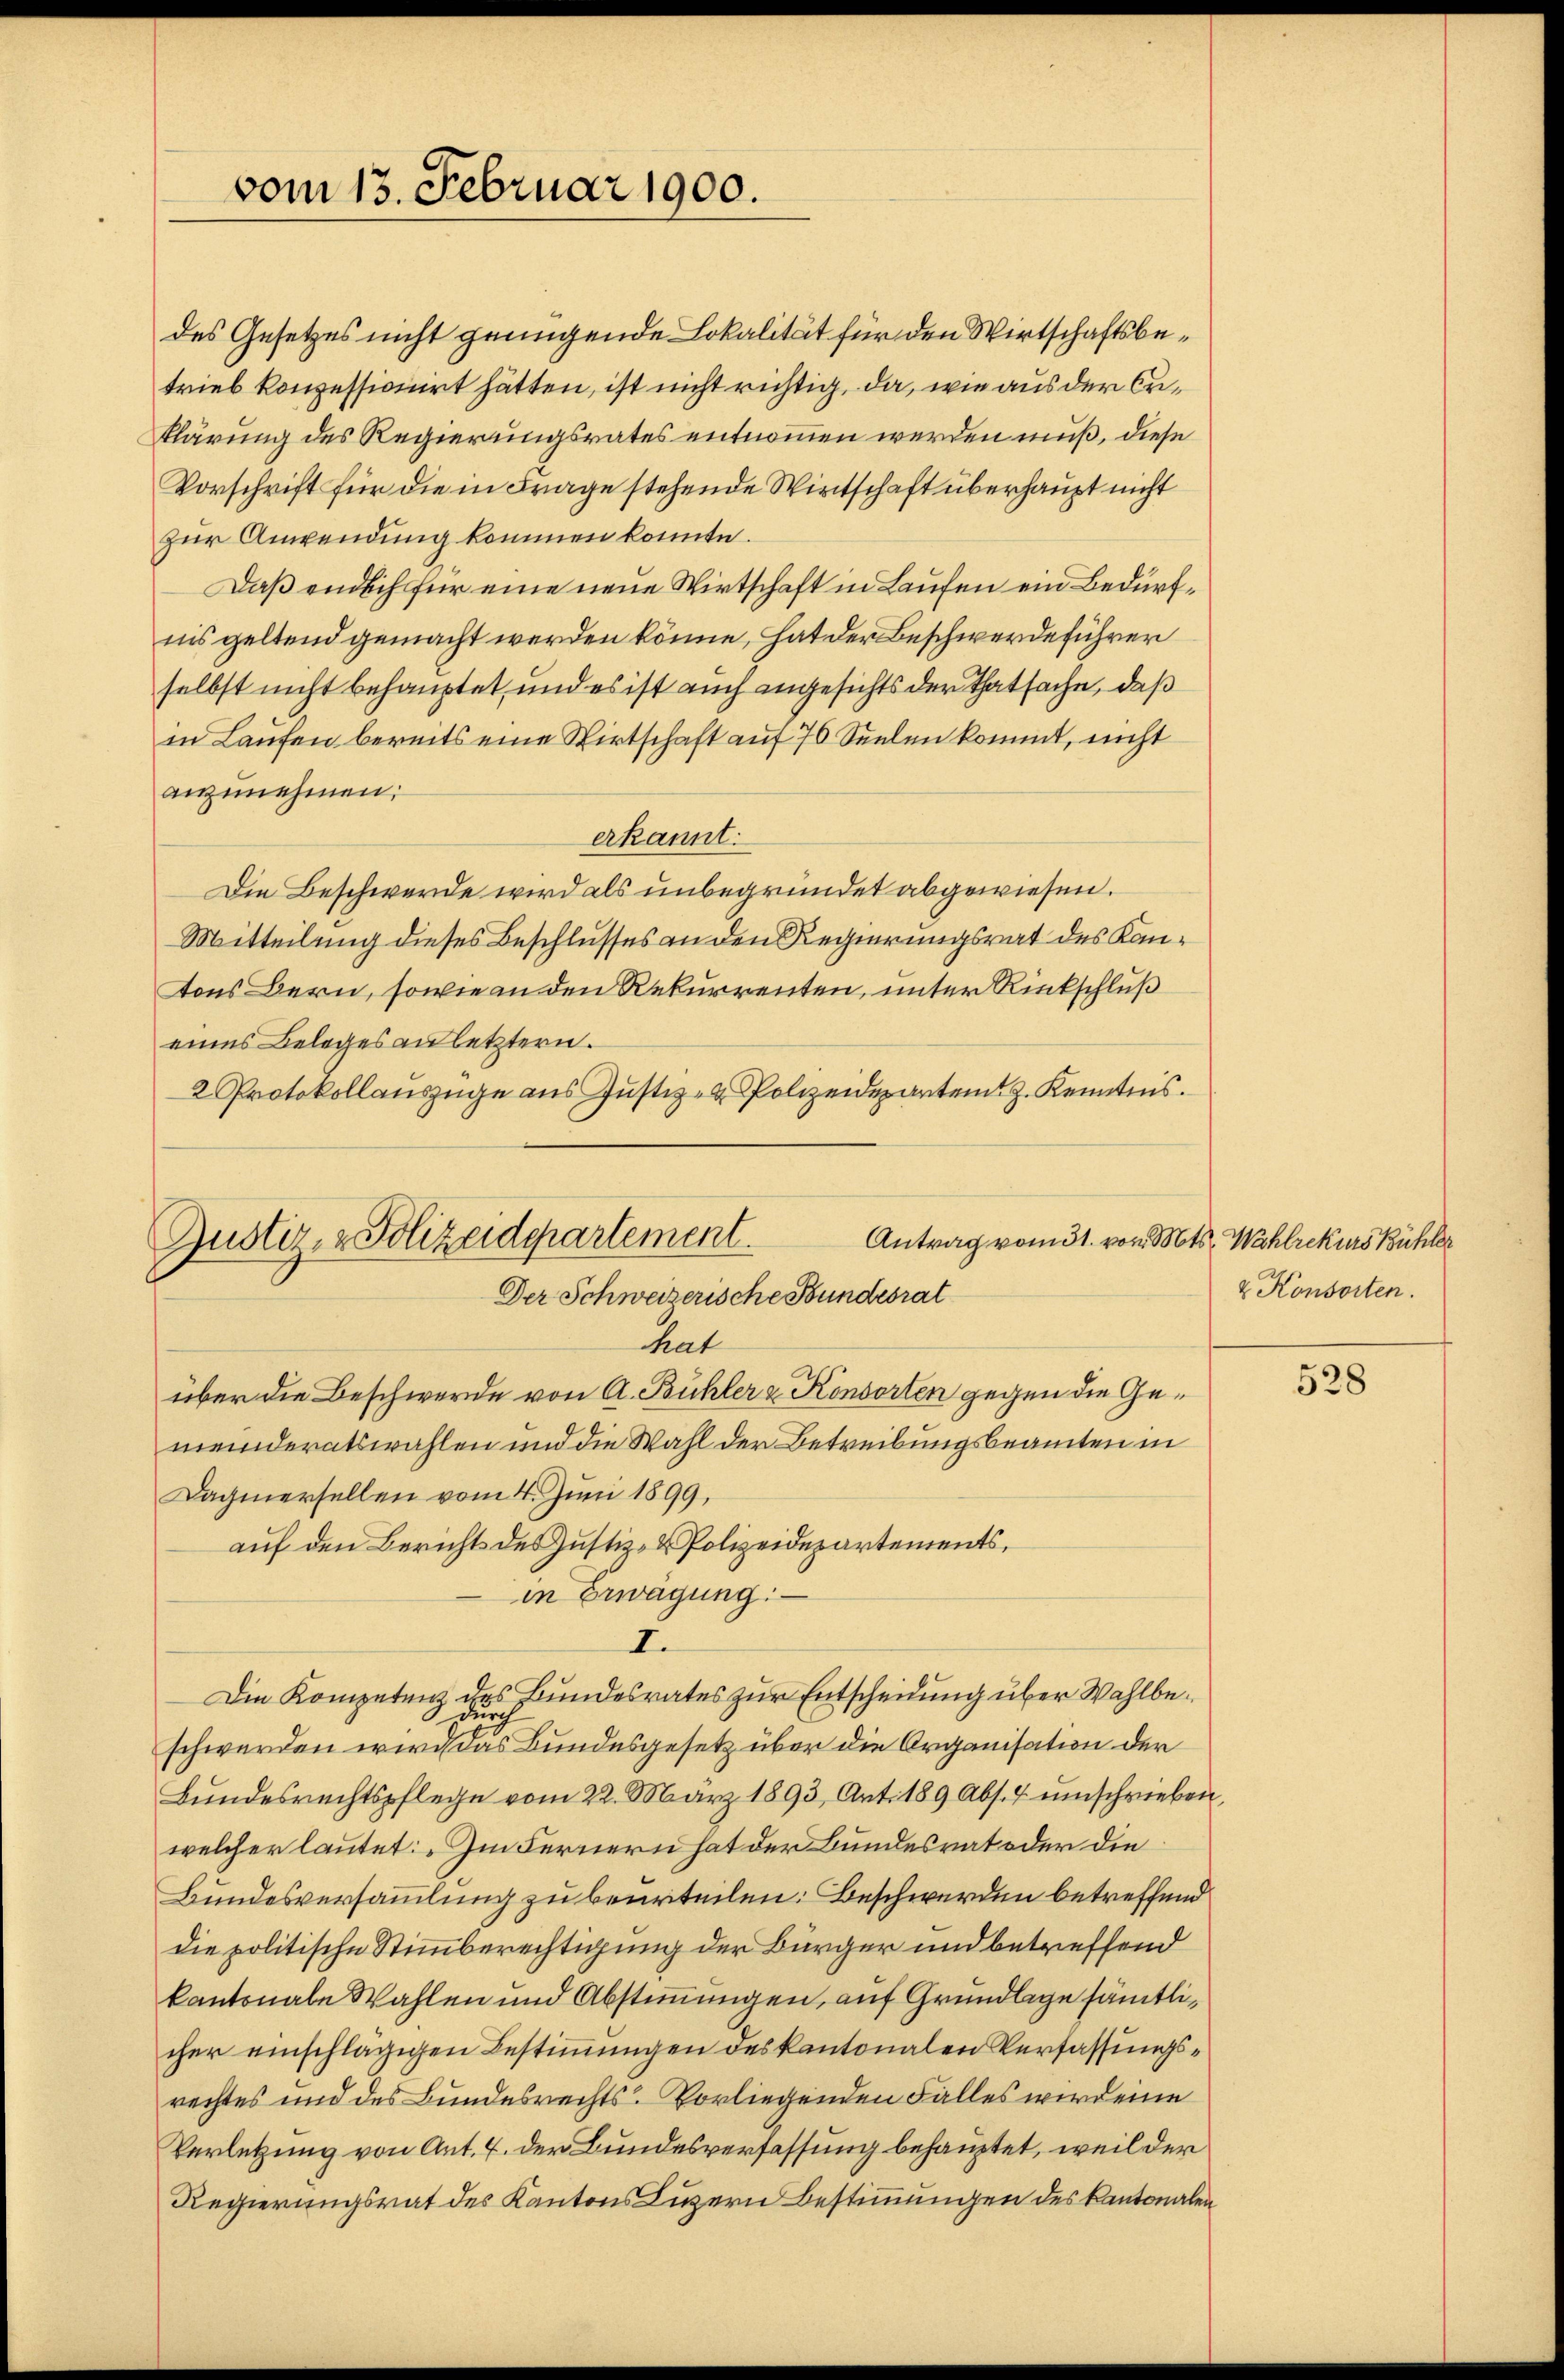
vom 13. Februar 1900.

des Gesetzes nicht genügende Lokalität für den Wirtschaftsbetrieb konzessionirt hätten, ist nicht richtig, da, wie aus der Erklärung des Regierungsrates entnommen werden muß, diese
Vorschrift für die in Frage stehende Wirtschaft überhaupt nicht
zur Anwendung kommen konnte.
Daß endlich für eine neue Wirtschaft in Laufen ein Bedürfiis geltend gemacht werden könne, hat der Beschwerdeführer
selbst nicht behauptet, und es ist auch angesichts der Thatsache, daß
in Laufen bereits eine Wirtschaft auf 70 Seelen kommt, nicht
anzunehmen;
erkannt.
Die Beschwerde wird als unbegründet abgewiesen.
Mitteilung dieses Beschlusses an den Regierungsrat des Kantons Bern, sowie an den Rekurrenten, unter Rückschluß
eines Beleges an letztern.
2 Protokollauszüge aus Justiz- & Polizeidepartem z. Kenntnis.

Antrag vom 31. von S
Justiz- & Polizeidepartement.
Der Schweizerische Bundesrat
hat

über die Beschwerde von A. Bühler & Konsorten gegen die Gemeinderatswahlen und die Wahl der Betreibungsbeamten in
Dagnerselben vom 4. Juni 1899,
auf den Bericht des Justiz- & Polizeidepartements,
in Erwägung:
I.
Die Kompetenz des Bundesrates zur Entscheidung über Wahlbedurch
schwerden wird das Bundesgesetz über die Organisation der
Bŭndesrechtspflege vom 22. März 1893, Art. 189 Abs. 4 einschrieben,
welcher lautet: „Im Fernern hat der Bundesrat oder die
Bundesversammlung zu beurteilen: Beschwerden betreffend
Die politische Stimmberechtigung der Bürger und betreffend
kantonale Wahlen und Abstimmungen, auf Grundlage sämtlicher einschlägigen Bestimmungen des kantonalen Verfassungsrechtes und des Bundesrechts-Vorliegenden Falles wird eine
Verletzung von Ant. 4. der Bundesverfassung behauptet, weil der
Regierungsrat des Kantons Luzern Bestimmungen des Kantonalen

Nots. Wahlrekurs Bühler
& Konsorten.

528